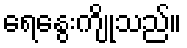
ရေနွေးကျိုသည်။